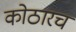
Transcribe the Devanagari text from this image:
कोठारच